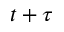
t + \tau